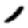
Digit: 1